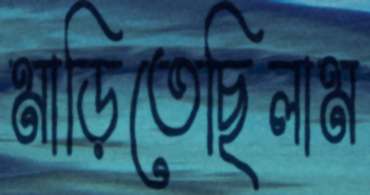
মাড়িতেছিলাম